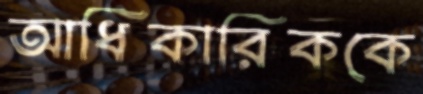
আধিকারিককে